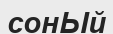
сонЬІй